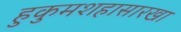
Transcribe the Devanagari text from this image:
हुकुमशहासारखा